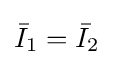
{\bar {I}}_{1}={\bar {I}}_{2}